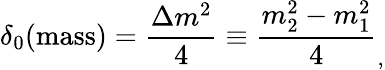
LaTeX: \delta_{0}(\mathrm{mass})=\frac{\Delta m^{2}}{4}\equiv\frac{m_{2}^{2}-m_{1}^{2}}{4}_{,}